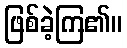
ဖြစ်ခဲ့ကြ၏။